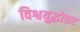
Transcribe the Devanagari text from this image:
विश्वयुद्धोत्तर